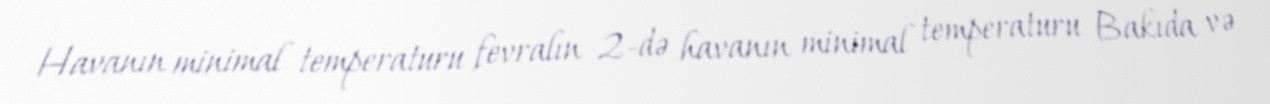
Havanın minimal temperaturu fevralın 2-də havanın minimal temperaturu Bakıda və